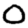
Digit: 0